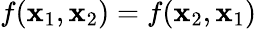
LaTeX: f(\mathbf{x}_{1},\mathbf{x}_{2})=f(\mathbf{x}_{2},\mathbf{x}_{1})